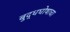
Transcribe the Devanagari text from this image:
बुद्धघोषाचा